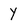
Character: Y